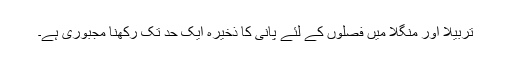
تربیلا اور منگلا میں فصلوں کے لئے پانی کا ذخیرہ ایک حد تک رکھنا مجبوری ہے۔